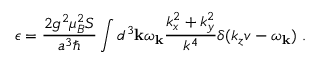
\epsilon = \frac { 2 g ^ { 2 } \mu _ { B } ^ { 2 } S } { a ^ { 3 } \hbar } \int d ^ { 3 } { \bf k } \omega _ { \bf k } \frac { k _ { x } ^ { 2 } + k _ { y } ^ { 2 } } { k ^ { 4 } } \delta ( k _ { z } v - \omega _ { \bf k } ) ~ .